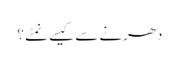
دھرنے سے کیسے نمٹے ؟